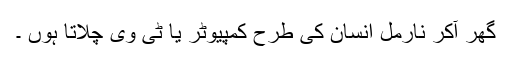
گھر آکر نارمل انسان کی طرح کمپیوٹر یا ٹی وی چلاتا ہوں ۔